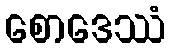
စောဒေဿံ